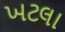
ખટલા